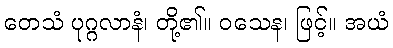
တေသံ ပုဂ္ဂလာနံ၊ တို့၏။ ဝသေန၊ ဖြင့်။ အယံ